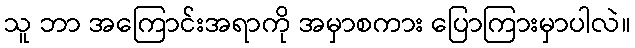
သူ ဘာ အကြောင်းအရာကို အမှာစကား ပြောကြားမှာပါလဲ။